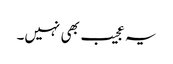
یہ عجیب بھی نہیں۔